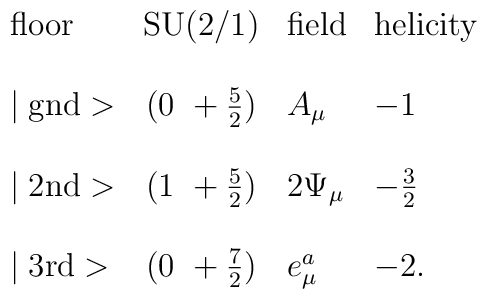
\begin{array}{lcll}\mbox{floor}     & \mbox{SU(2/1)}     & \mbox{field}    & \mbox{helicity} \\\\\mid \mbox{gnd}> & (0~+\frac{5}{2})   & A_\mu           & -1 \\\\\mid \mbox{2nd}> & (1~+\frac{5}{2})   & 2 \Psi_\mu      & -\frac{3}{2} \\\\\mid \mbox{3rd}> & (0~+\frac{7}{2})   & e_\mu^a         & -2. \\\end{array}